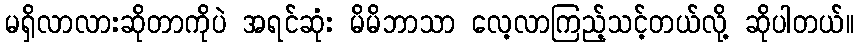
မရှိလာလားဆိုတာကိုပဲ အရင်ဆုံး မိမိဘာသာ လေ့လာကြည့်သင့်တယ်လို့ ဆိုပါတယ်။